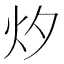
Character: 㶤